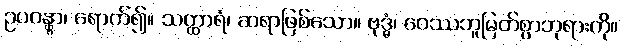
ဥပဂန္တွာ၊ ရောက်၍။ သတ္ထာရံ၊ ဆရာဖြစ်သော။ ဗုဒ္ဓံ၊ ဝေဿဘူမြတ်စွာဘုရားကို။